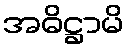
အဓိဋ္ဌာမိ